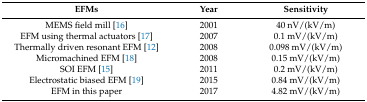
<table><thead><tr><td><b>EFMs</b></td><td><b>Year</b></td><td><b>Sensitivity</b></td></tr></thead><tbody><tr><td>MEMS field mill [16]</td><td>2001</td><td>40 nV/(kV/m)</td></tr><tr><td>EFM using thermal actuators [17]</td><td>2007</td><td>0.1 mV/(kV/m)</td></tr><tr><td>Thermally driven resonant EFM [12]</td><td>2008</td><td>0.098 mV/(kV/m)</td></tr><tr><td>Micromachined EFM [18]</td><td>2008</td><td>0.15 mV/(kV/m)</td></tr><tr><td>SOI EFM [15]</td><td>2011</td><td>0.2 mV/(kV/m)</td></tr><tr><td>Electrostatic biased EFM [19]</td><td>2015</td><td>0.84 mV/(kV/m)</td></tr><tr><td>EFM in this paper</td><td>2017</td><td>4.82 mV/(kV/m)</td></tr></tbody></table>